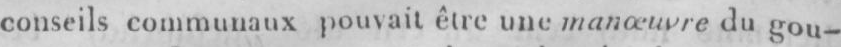
conseils communaux pouvait être une manœuvre du gou-